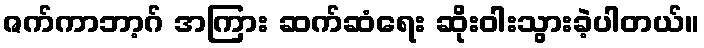
ဇက်ကာဘာ့ဂ် အကြား ဆက်ဆံရေး ဆိုးဝါးသွားခဲ့ပါတယ်။